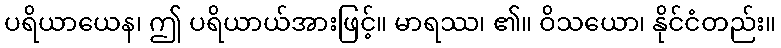
ပရိယာယေန၊ ဤ ပရိယာယ်အားဖြင့်။ မာရဿ၊ ၏။ ဝိသယော၊ နိုင်ငံတည်း။